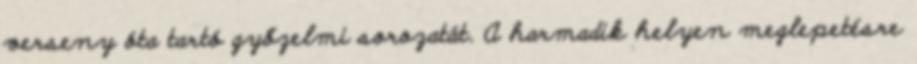
verseny óta tartó győzelmi sorozatát. A harmadik helyen meglepetésre